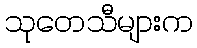
သုတေသီများက